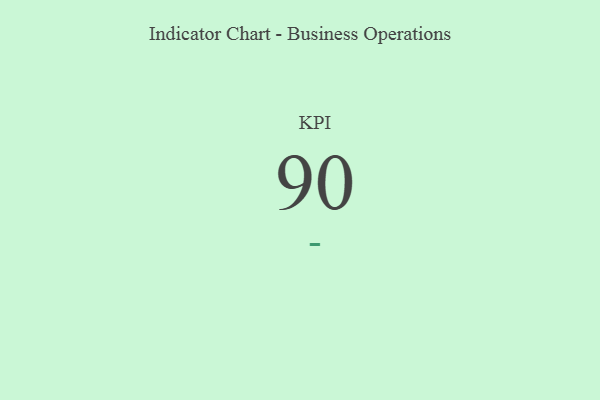
{"axis": {"x": "KPI", "y": "Value"}, "legend": [""], "data": [{"x": "KPI", "y": 90, "type": ""}]}